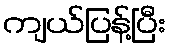
ကျယ်ပြန့်ပြီး